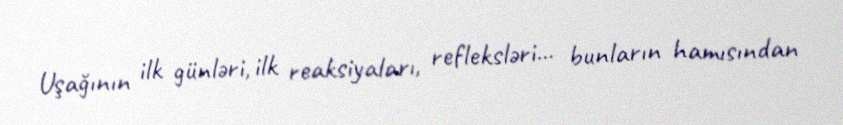
Uşağının ilk günləri, ilk reaksiyaları, refleksləri... bunların hamısından